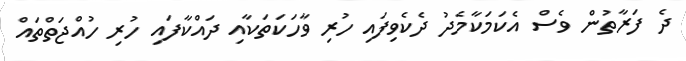
ދެ ފަރާތުން ވެސް އެކަމަކާމެދު ދެކެވިފައި ހުރި ވާހަކަތަކާއި ދައްކާފައި ހުރި ހުއްޖަތްތައް